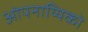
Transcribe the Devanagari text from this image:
ओपनाय्यिको